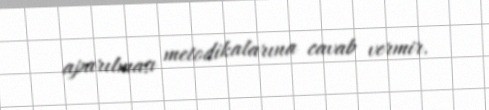
aparılması metodikalarına cavab vermir.